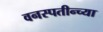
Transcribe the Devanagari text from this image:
वनस्पतीन्च्या